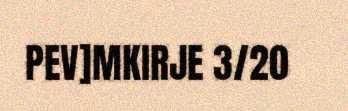
PEV]MKIRJE 3/20